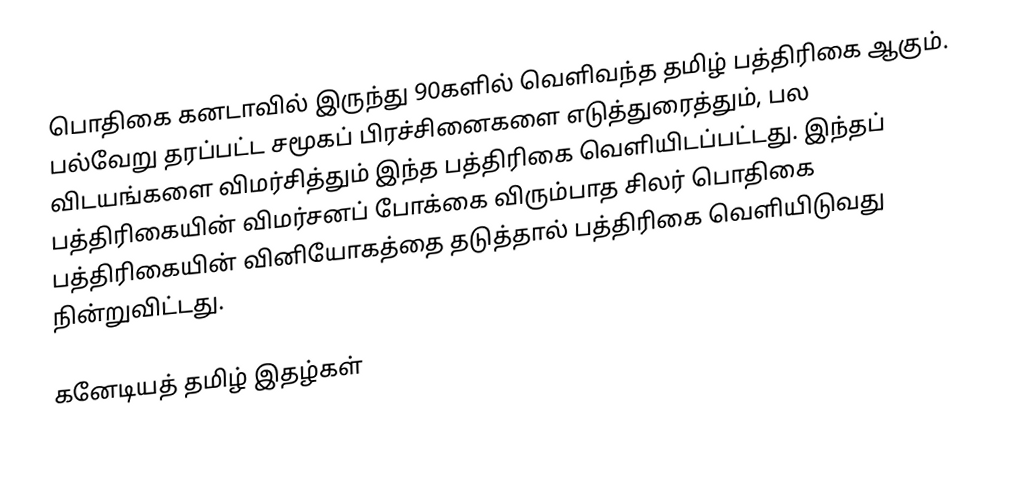
பொதிகை கனடாவில் இருந்து 90களில் வெளிவந்த தமிழ் பத்திரிகை ஆகும்.  பல்வேறு தரப்பட்ட சமூகப் பிரச்சினைகளை எடுத்துரைத்தும், பல விடயங்களை விமர்சித்தும் இந்த பத்திரிகை வெளியிடப்பட்டது. இந்தப் பத்திரிகையின் விமர்சனப் போக்கை விரும்பாத சிலர் பொதிகை பத்திரிகையின் வினியோகத்தை தடுத்தால் பத்திரிகை வெளியிடுவது நின்றுவிட்டது.

கனேடியத் தமிழ் இதழ்கள்